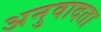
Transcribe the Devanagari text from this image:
अनुवादता